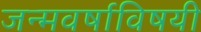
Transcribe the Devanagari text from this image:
जन्मवर्षाविषयी